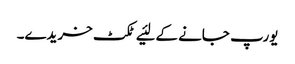
یورپ جانے کے لئیے ٹکٹ خریدے۔